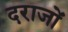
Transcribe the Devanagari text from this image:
दराजों